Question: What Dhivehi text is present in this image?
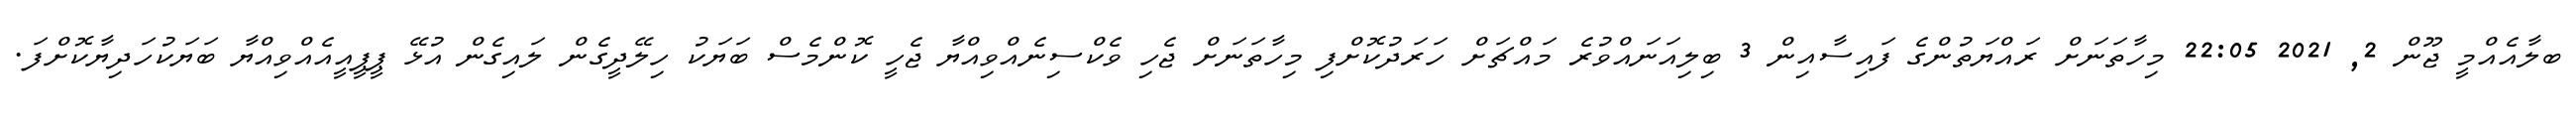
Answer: ބލާއެއްމީ ޖޫން 2, 2021 22:05 މިހާތަނަށް ރައްޔަތުންގެ ފައިސާއިން 3 ބިލިއަނައްވުރެ މައްޗަށް ހަރަދުކޮށްފި މިހާތަނަށް ޖެހި ވެކްސިނެއްވިއްޔާ ޖެހީ ކޮންމެސް ބަޔަކު ހިލޭދީގެން ލައިގެން އުޅޭ ޕީޕީއީއެއްވިއްޔާ ބަޔަކުހަދިޔާކޮށްފަ.